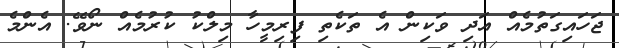
ޖަހައިގަތުމެއް އަދި ވަކިން އެ ތަކެތި ފިރިމީހާ މިލްކު ކުރުމެއް ނޯވޭ. އެންމެ